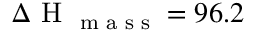
\Delta \textrm { H } _ { \textrm { m a s s } } = 9 6 . 2